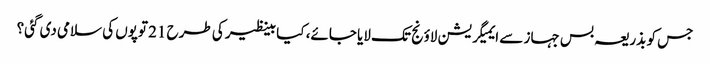
جس کو بذریعہ بس جہاز سے ایمیگریشن لاؤنج تک لایا جائے، کیا بینظیر کی طرح 21 توپوں کی سلامی دی گئی؟